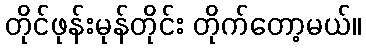
တိုင်ဖုန်းမုန်တိုင်း တိုက်တော့မယ်။